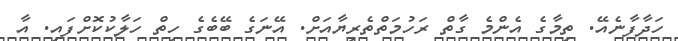
ހަދާފާނެއޭ. ތިމާގެ އެންމެ ގާތް ރަހުމަތްތެރިޔާއަށް. އޭނަގެ ބޭބެގެ ހިތް ހަލާކުކޮށްފައި. އާ